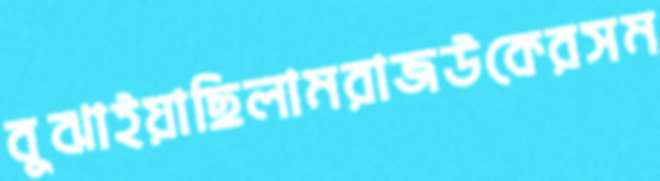
বুঝাইয়াছিলামরাজউকেরসম